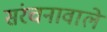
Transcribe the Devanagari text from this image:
संरचनावाले